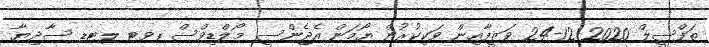
ތަފްސީލް 2020-12-24 ވަޒީފާއިން ވަކިކުރުން ޔޯމަން އެޖެންސީ މޯލްޑިވްސް ޕވޓ ލޓޑ ސާދިޔާ